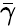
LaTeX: \bar{\gamma}